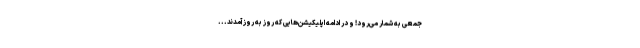
جمعی به شمار می‌رود! و در ادامه اپلیکیشن‌هایی که روز به روز آمدند...